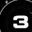
Digit: 3